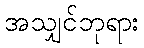
အသျှင်ဘုရား